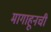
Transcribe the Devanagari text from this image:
मागाहूनची